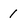
Character: 1